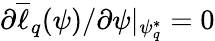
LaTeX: \partial\overline{{\ell}}_{q}(\psi)/\partial\psi|_{\psi_{q}^{*}}=0